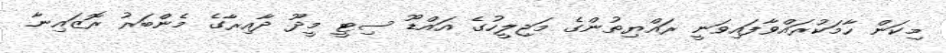
މިކަން ހާމަކުރައްވާފައިވަނީ ރައްޔިތުންގެ މަޖިލީހުގެ އައްޑޫ ސިޓީ މީދޫ ދާއިރާގެ މެންބަރު ރޮޒައިނާ